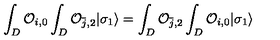
\int _ { D } { \cal O } _ { i , 0 } \int _ { D } { \cal O } _ { { \bar { j } } , 2 } | \sigma _ { 1 } \rangle = \int _ { D } { \cal O } _ { { \bar { j } } , 2 } \int _ { D } { \cal O } _ { i , 0 } | \sigma _ { 1 } \rangle \,